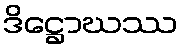
ဒိဋ္ဌောဃဿ